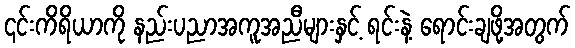
၎င်းကိရိယာကို နည်းပညာအကူအညီများနှင့် ရင်းနဲ့ ရောင်းချဖို့အတွက်